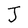
Character: J